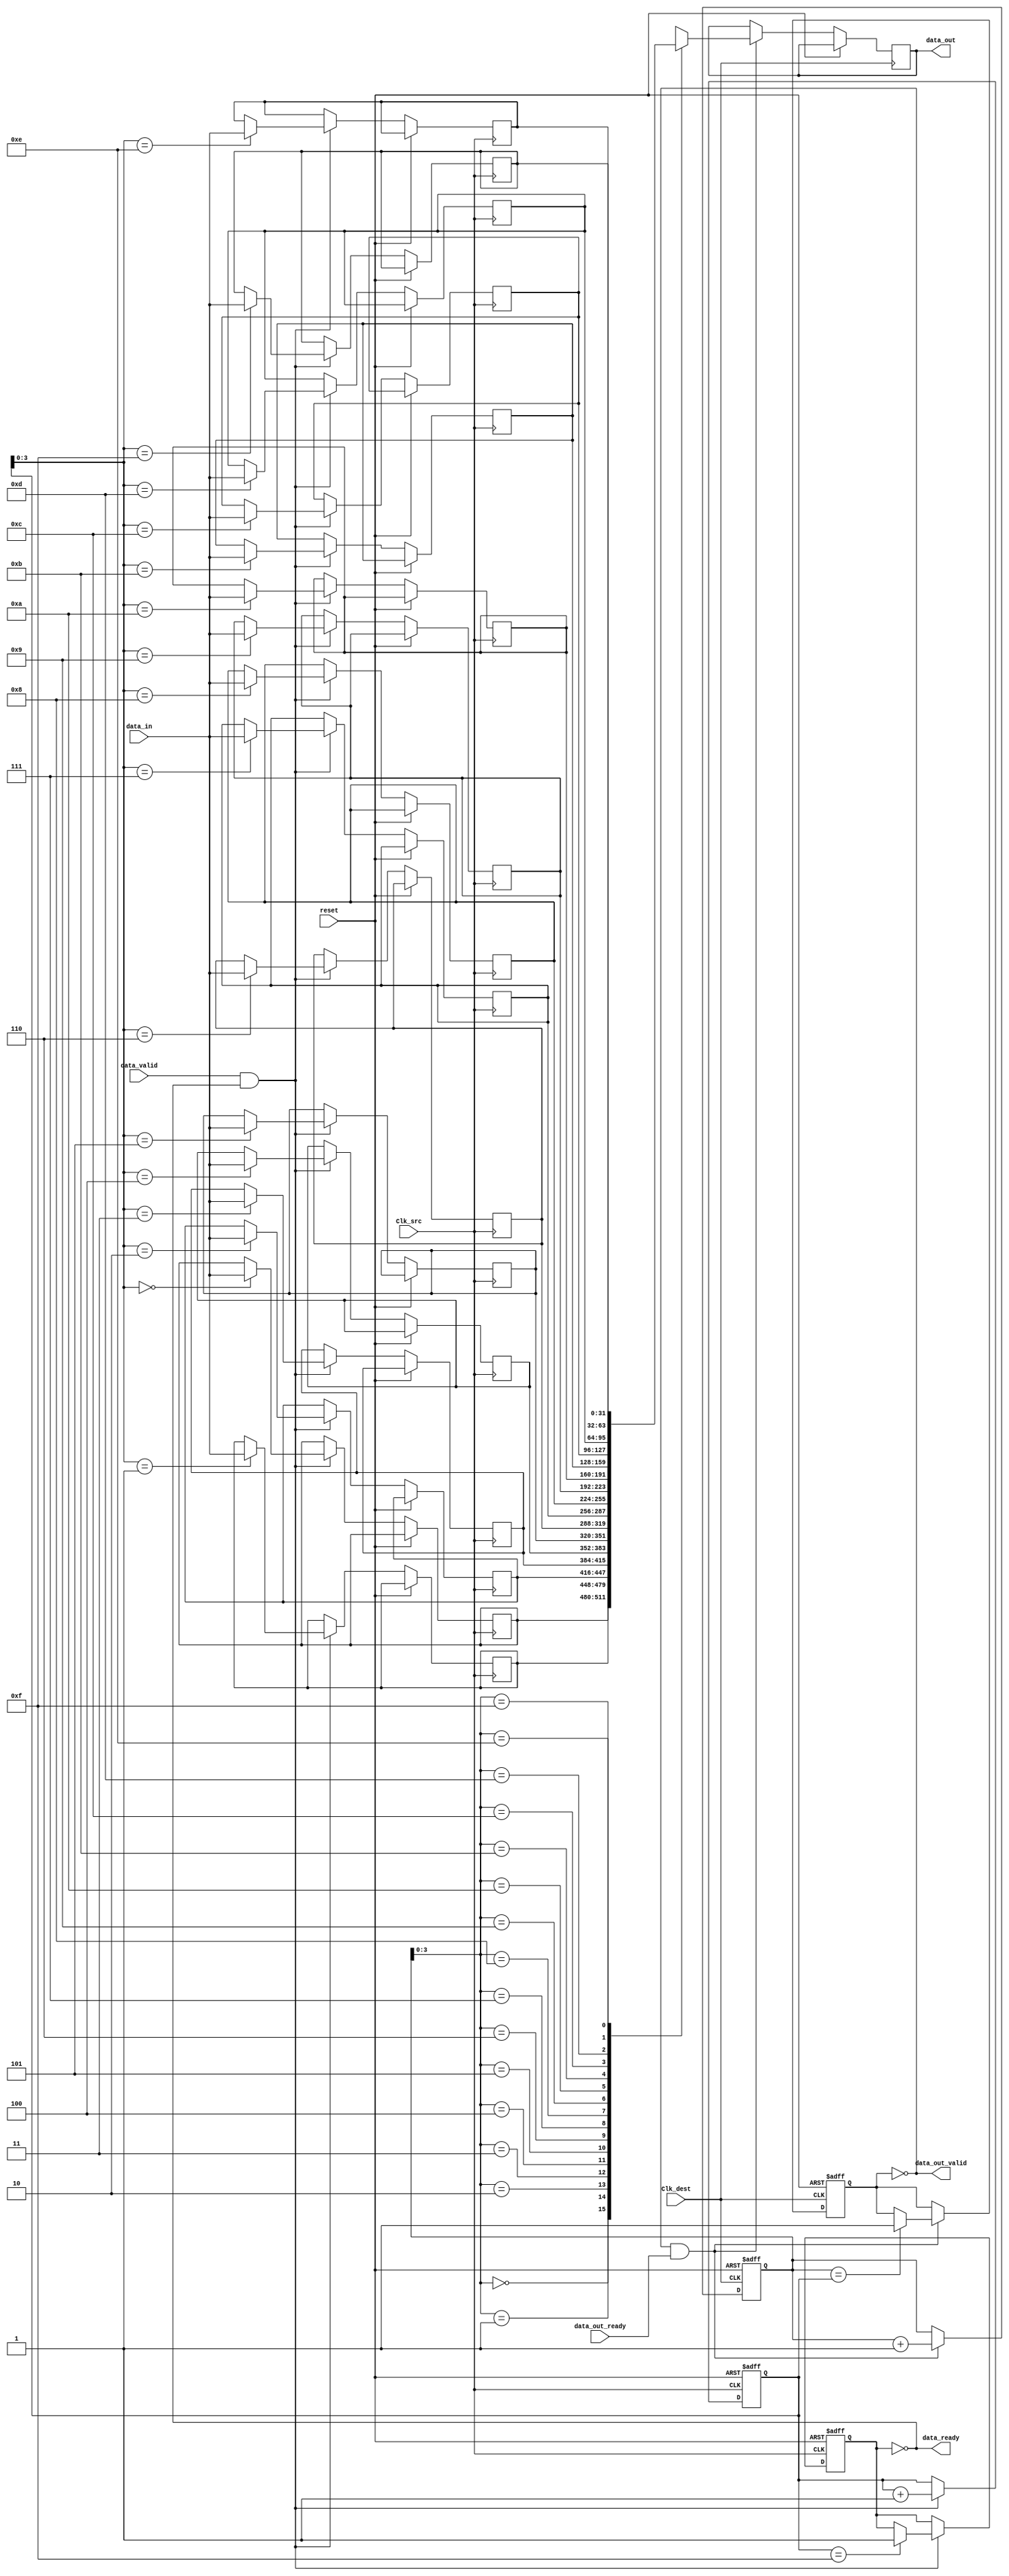
module burst_mode_synchronizer #(
    parameter DATA_WIDTH = 32,
    parameter FIFO_DEPTH = 16
)(
    input wire Clk_src,            // Source clock
    input wire Clk_dest,           // Destination clock
    input wire [DATA_WIDTH-1:0] data_in, // Data input from source clock domain
    input wire data_valid,         // Data valid signal from source clock domain
    output wire data_ready,        // Data ready signal to source clock domain
    output wire [DATA_WIDTH-1:0] data_out, // Synchronized data output to destination clock domain
    output wire data_out_valid,    // Data output valid signal
    input wire data_out_ready,     // Data output ready signal from destination clock domain
    input wire reset               // Asynchronous reset
);

// FIFO Buffer
reg [DATA_WIDTH-1:0] fifo_mem [0:FIFO_DEPTH-1];
reg [4:0] write_pointer;
reg [4:0] read_pointer;
reg fifo_full;
reg fifo_empty;

// Control Signals
reg burst_start;
reg burst_end;
reg burst_in_progress;

// Synchronization Logic
reg burst_start_sync;
reg burst_end_sync;

// Write to FIFO (Clk_src domain)
always @(posedge Clk_src or posedge reset) begin
    if (reset) begin
        write_pointer <= 0;
        fifo_full <= 0;
        burst_in_progress <= 0;
    end else begin
        if (data_valid && !fifo_full) begin
            fifo_mem[write_pointer] <= data_in;
            write_pointer <= write_pointer + 1;
            if (write_pointer == FIFO_DEPTH - 1) begin
                fifo_full <= 1;
            end
            burst_in_progress <= 1;
        end
        if (burst_end) begin
            burst_in_progress <= 0;
        end
    end
end

// Read from FIFO (Clk_dest domain)
always @(posedge Clk_dest or posedge reset) begin
    if (reset) begin
        read_pointer <= 0;
        fifo_empty <= 1;
    end else begin
        if (!fifo_empty && data_out_ready) begin
            data_out <= fifo_mem[read_pointer];
            read_pointer <= read_pointer + 1;
            if (read_pointer == write_pointer) begin
                fifo_empty <= 1;
            end
        end
    end
end

// FIFO Status Signals
assign data_ready = !fifo_full;
assign data_out_valid = !fifo_empty;

// Synchronize Control Signals
always @(posedge Clk_src or posedge reset) begin
    if (reset) begin
        burst_start <= 0;
        burst_end <= 0;
    end else begin
        if (data_valid) begin
            burst_start <= 1;
        end
        if (burst_end) begin
            burst_start <= 0;
        end
    end
end

// Two-stage synchronization for burst_start and burst_end
always @(posedge Clk_dest or posedge reset) begin
    if (reset) begin
        burst_start_sync <= 0;
        burst_end_sync <= 0;
    end else begin
        burst_start_sync <= burst_start;
        burst_end_sync <= burst_end;
    end
end

endmodule